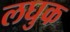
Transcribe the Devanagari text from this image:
लघुक